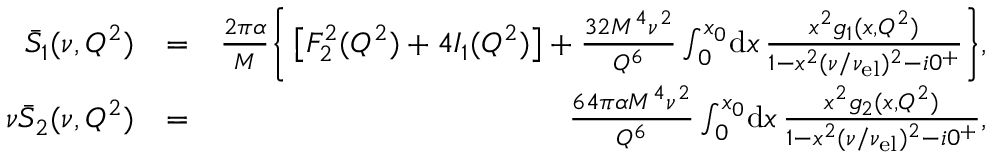
\begin{array} { r l r } { \bar { S } _ { 1 } ( \nu , Q ^ { 2 } ) } & { = } & { \frac { 2 \pi \alpha } { M } \Bigg \{ \left[ F _ { 2 } ^ { 2 } ( Q ^ { 2 } ) + 4 I _ { 1 } ( Q ^ { 2 } ) \right] + \frac { 3 2 M ^ { 4 } \nu ^ { 2 } } { Q ^ { 6 } } \int _ { 0 } ^ { x _ { 0 } } \! \mathrm { d } x \, \frac { x ^ { 2 } g _ { 1 } ( x , Q ^ { 2 } ) } { 1 - x ^ { 2 } ( \nu / \nu _ { \mathrm { e l } } ) ^ { 2 } - i 0 ^ { + } } \Bigg \} , } \\ { \nu \bar { S } _ { 2 } ( \nu , Q ^ { 2 } ) } & { = } & { \frac { 6 4 \pi \alpha M ^ { 4 } \nu ^ { 2 } } { Q ^ { 6 } } \int _ { 0 } ^ { x _ { 0 } } \! \mathrm { d } x \, \frac { x ^ { 2 } g _ { 2 } ( x , Q ^ { 2 } ) } { 1 - x ^ { 2 } ( \nu / \nu _ { \mathrm { e l } } ) ^ { 2 } - i 0 ^ { + } } , } \end{array}